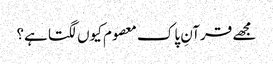
مجھے قرآنِ پاک معصوم کیوں لگتا ہے؟